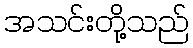
အသင်းတို့သည်